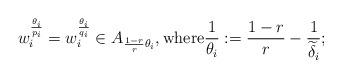
LaTeX: \begin{align*}w_i^{\frac{\theta_i }{p_i}}=w_i^{\frac{\theta_i }{q_i}}\in A_{\frac{1-r}{r}\theta_i }, \mbox{where}\frac1{\theta_i}:= \frac{1-r}r-\frac1{\widetilde{\delta}_i};\end{align*}